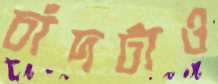
চাঁদটাও